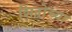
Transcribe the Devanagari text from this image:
शिद्वोच्या